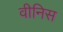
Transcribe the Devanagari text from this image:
वीनिस